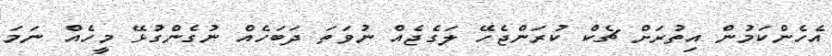
އެހެންކަމުން އިތުރަށް ޗެކް ކުރަންޖެހޭ ލަގެޖެއް ނުވަތަ ދަބަހެއް ނުގެންގުޅޭ މީހެއް ނަމަ